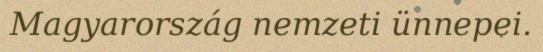
Magyarország nemzeti ünnepei.